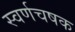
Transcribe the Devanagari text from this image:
स्वर्णचषक